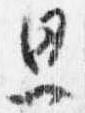
思